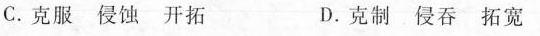
C.克服 侵蚀 开拓 D.克制 侵吞 拓宽